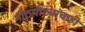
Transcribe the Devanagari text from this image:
मोठमोठ्यांचाही